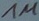
Text: 1M